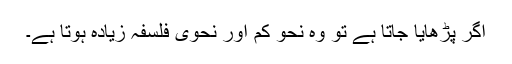
اگر پڑھایا جاتا ہے تو وہ نحو کم اور نحوی فلسفہ زیادہ ہوتا ہے۔